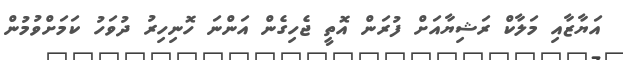
އަޔާޒާއި މަލާކް ރަޝިޔާއަށް ފުރަން އޮތީ ޖެހިގެން އަންނަ ހޮނިހިރު ދުވަހު ކަމަށްވުމުން